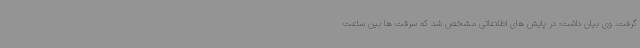
گرفت. وی بیان داشت: در پایش های اطلاعاتی مشخص شد که سرقت ها بین ساعت